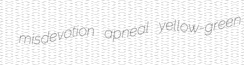
misdevotion apneal yellow-green